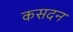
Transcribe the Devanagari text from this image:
कसदन